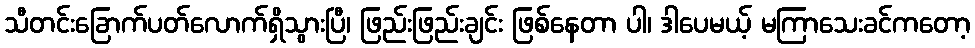
သီတင်းခြောက်ပတ်လောက်ရှိသွားပြီ၊ ဖြည်းဖြည်းချင်း ဖြစ်နေတာ ပါ၊ ဒါပေမယ့် မကြာသေးခင်ကတော့